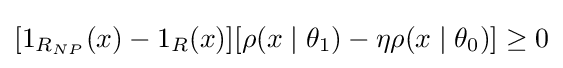
[1_{R_{NP}}(x)-1_{R}(x)][\rho (x\mid \theta _{1})-\eta \rho (x\mid \theta _{0})]\geq 0